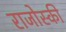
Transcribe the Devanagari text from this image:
राजोस्की